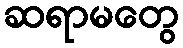
ဆရာမတွေ